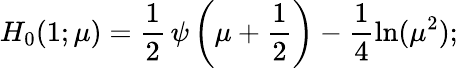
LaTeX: H_{0}(1;\mu)={\frac{1}{2}}\, \psi\left(\mu+{\frac{1}{2}}\right)-\frac 14\ln(\mu^{2});